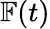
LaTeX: \mathbb{F}(t)